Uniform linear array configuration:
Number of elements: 64
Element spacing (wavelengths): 1
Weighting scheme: blackman
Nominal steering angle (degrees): -45
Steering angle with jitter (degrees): -45.157
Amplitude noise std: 0.05
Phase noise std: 0.05

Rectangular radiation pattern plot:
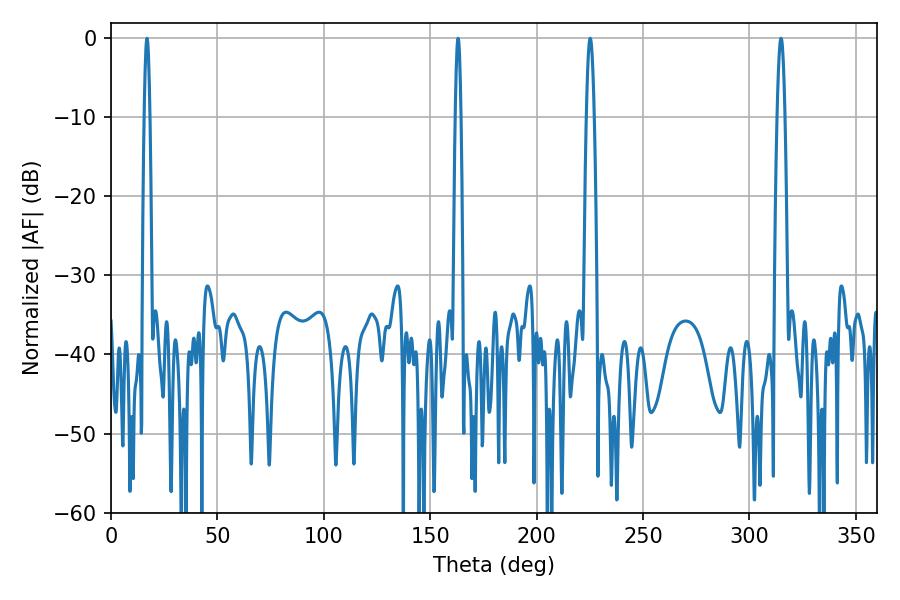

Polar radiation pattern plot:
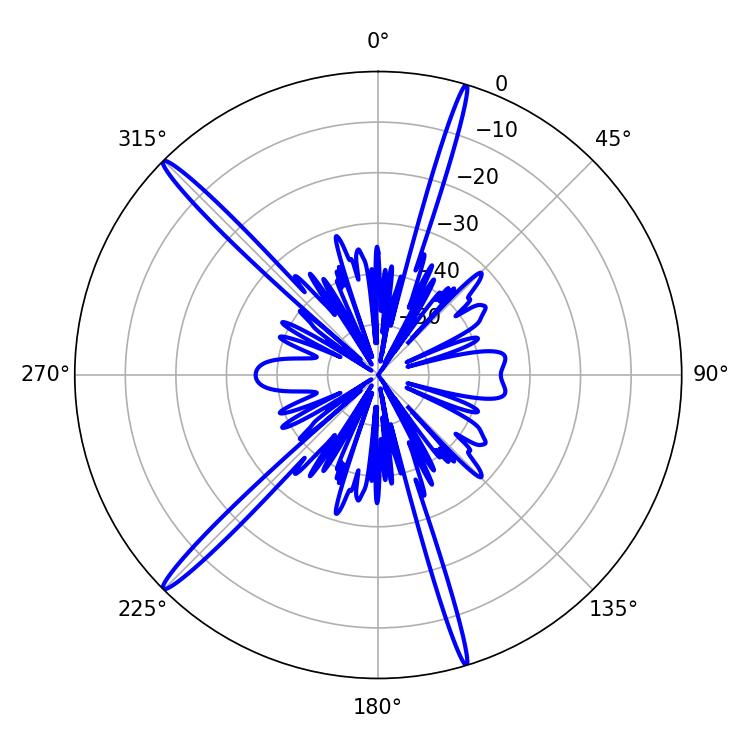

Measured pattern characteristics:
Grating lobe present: TRUE
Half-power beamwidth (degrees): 1.44
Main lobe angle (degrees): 16.92